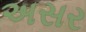
અસર